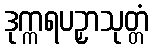
ဒုက္ကရပဉှာသုတ္တံ